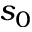
s _ { 0 }